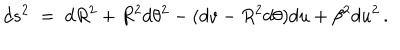
d s ^ { 2 } \; = \; d R ^ { 2 } + R ^ { 2 } d \theta ^ { 2 } - ( d v - R ^ { 2 } d \theta ) d u + \beta ^ { 2 } d u ^ { 2 } \, .